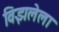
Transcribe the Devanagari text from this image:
विझलेला